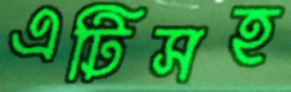
এটিসহ